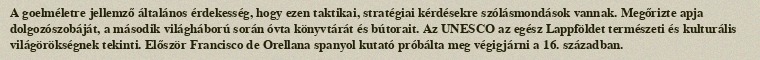
A goelméletre jellemző általános érdekesség, hogy ezen taktikai, stratégiai kérdésekre szólásmondások vannak. Megőrizte apja dolgozószobáját, a második világháború során óvta könyvtárát és bútorait. Az UNESCO az egész Lappföldet természeti és kulturális világörökségnek tekinti. Először Francisco de Orellana spanyol kutató próbálta meg végigjárni a 16. században.